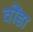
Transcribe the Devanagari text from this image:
वोंडा